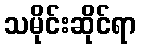
သမိုင်းဆိုင်ရာ